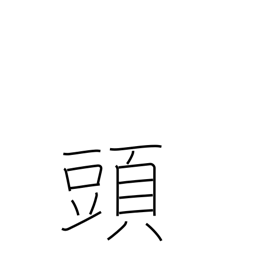
Meaning: counter for large animals